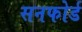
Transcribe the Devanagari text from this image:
सनफोर्ड